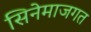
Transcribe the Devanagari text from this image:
सिनेमाजगत